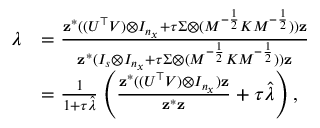
\begin{array} { r l } { \lambda } & { = \frac { \mathbf { z } ^ { * } ( ( U ^ { \top } V ) \otimes I _ { n _ { x } } + \tau \Sigma \otimes ( M ^ { - \frac { 1 } { 2 } } K M ^ { - \frac { 1 } { 2 } } ) ) \mathbf { z } } { \mathbf { z } ^ { * } ( I _ { s } \otimes I _ { n _ { x } } + \tau \Sigma \otimes ( M ^ { - \frac { 1 } { 2 } } K M ^ { - \frac { 1 } { 2 } } ) ) \mathbf { z } } } \\ & { = \frac { 1 } { 1 + \tau \hat { \lambda } } \left( \frac { \mathbf { z } ^ { * } ( ( U ^ { \top } V ) \otimes I _ { n _ { x } } ) \mathbf { z } } { \mathbf { z } ^ { * } \mathbf { z } } + \tau \hat { \lambda } \right) , } \end{array}